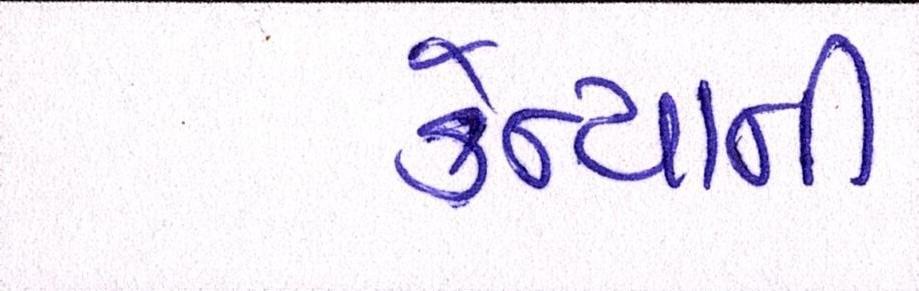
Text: કેન્યાની